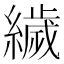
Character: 𦅵